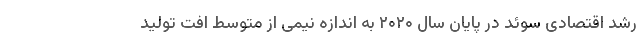
رشد اقتصادی سوئد در پایان سال ۲۰۲۰ به اندازه نیمی از متوسط افت تولید